Annual statistical returns and brief notes on vaccination in Bengal - 1909-1929
Year: 1909
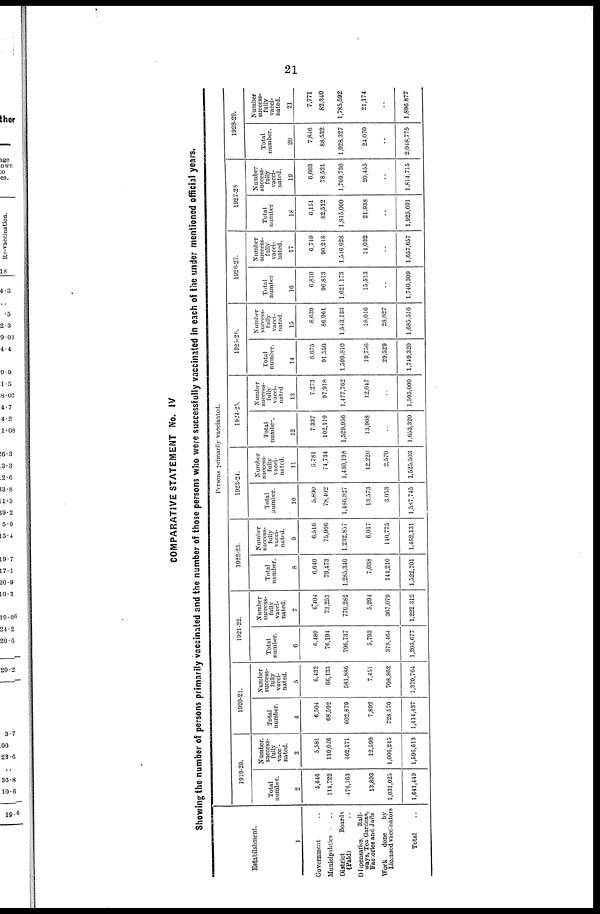
21
COMPARATIVE STATEMENT No. IV
Showing the number of persons primarily vaccinated and the number of those persons who were successfully vaccinated in each of the under mentioned official years.
Establishment.
1
Government ..
Municipalities ..
District
Boards
(Paid) ..
Dispensaries.
Rail-
ways, Tea Gardens,
Factories and Jails
Work
done
by
Licensed vaccinators
Total ..
Persons primarily vaccinated.
1919-20.
Total
number.
2
5,646
114,722
476,163
13,893
1,031,025
1,641,449
Number
success-
fully
vacci-
nated.
3
5,581
110,026
462,171
12,590
1,006,245
1,596,613
1920-21.
Total
number.
4
6,504
68,592
602,879
7,892
728,570
1,414,437
Number
success-
fully
vacci-
nated.
5
6,432
66,133
581,886
7,451
708,862
1,370,764
1921-22.
Total
number.
6
6,489
76,194
796,737
5,793
378,464
1,203,677
Number
success-
fully
vacci-
nated.
7
6,404
73,253
770,282
5,294
367,079
1,222,312
1922-23.
Total
number.
8
6,640
79,473
1,285,340
7,038
144,210
1,522,701
Number
success-
fully
vacci-
nated.
9
6,516
75,966
1,232,857
6,017
140,775
1,462,131
1923-24.
Total
number.
10
5,890
78,402
1,480,827
13,573
3,053
1,587,745
Number
success-
fully
vacci-
nated.
11
5,781
74,734
1,430,198
12,220
2,570
1,525,503
1924-25.
Total
number.
12
7,337
102,119
1,529,956
13,908
..
1,653,320
Number
success-
fully
vacci-
nated
13
7,273
97,918
1,477,762
12,047
..
1,595,000
1925-26.
Total
number.
14
8,675
91,550
1,599,810
19,756
29,529
1,749,320
Number
success-
fully
vacci-
nated.
15
8,639
86,961
1,543,133
18,016
28,827
1,685,516
1926-27.
Total
number
16
6,810
96,813
1,621,173
15,513
..
1,740,309
Number
success-
fully
vacci-
nated.
17
6,749
90,248
1,546,628
14,032
..
1,657,657
1927-28
Total
number
18
6,151
82,512
1,815,000
21,938
..
1,925,601
Number
success-
fully
vacci-
nated.
19
6,003
78,521
1,709,736
20,455
..
1,814,715
1928-29.
Total
number.
20
7,846
88,532
1,928,327
24,070
..
2,048,775
Number
success-
fully
vacci-
nated.
21
7,771
82,340
1,785,592
21,174
..
1,896,877